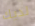
لديك